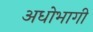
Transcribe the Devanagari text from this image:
अधोभागी